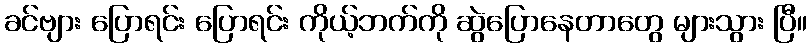
ခင်ဗျား ပြောရင်း ပြောရင်း ကိုယ့်ဘက်ကို ဆွဲပြောနေတာတွေ များသွား ပြီ။